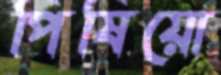
পিষিয়ো